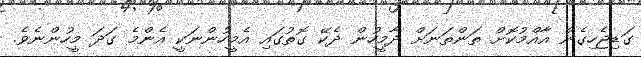
ގަޑިޖެހިގެން އާއްމުކޮށް ތަންތަނަށް ދާމީހުން ދެކޭ ގޮތުގައި އެމީހުންނަކީ އެންމެ ގަދަ މީހުންނެވެ.